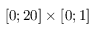
[ 0 ; 2 0 ] \times [ 0 ; 1 ]